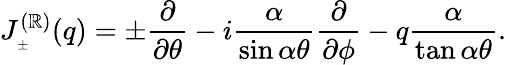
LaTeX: J_{_{\pm}}^{(\mathbb{R})}(q)=\pm\frac{{\partial}}{{\partial\theta}}-i\frac{{\alpha}}{{\sin\alpha\theta}}\frac{{\partial}}{{\partial\phi}}-q\frac{{\alpha}}{{\tan\alpha\theta}}.